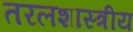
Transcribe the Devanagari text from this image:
तरलशास्त्रीय